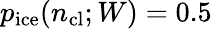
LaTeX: p_{\mathrm{ice}}(n_{\mathrm{cl}};W)=0.5